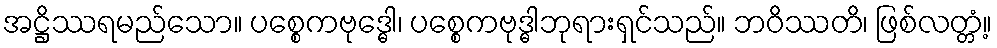
အဋ္ဌိဿရမည်သော။ ပစ္စေကဗုဒ္ဓေါ၊ ပစ္စေကဗုဒ္ဓါဘုရားရှင်သည်။ ဘဝိဿတိ၊ ဖြစ်လတ္တံ့။